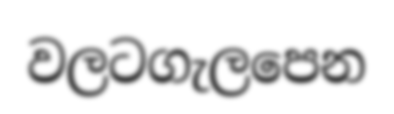
වලටගැලපෙන